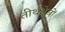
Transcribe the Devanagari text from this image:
तीर्थक्षेत्रों